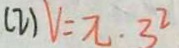
( 2 ) V = \pi \cdot 3 ^ { 2 }